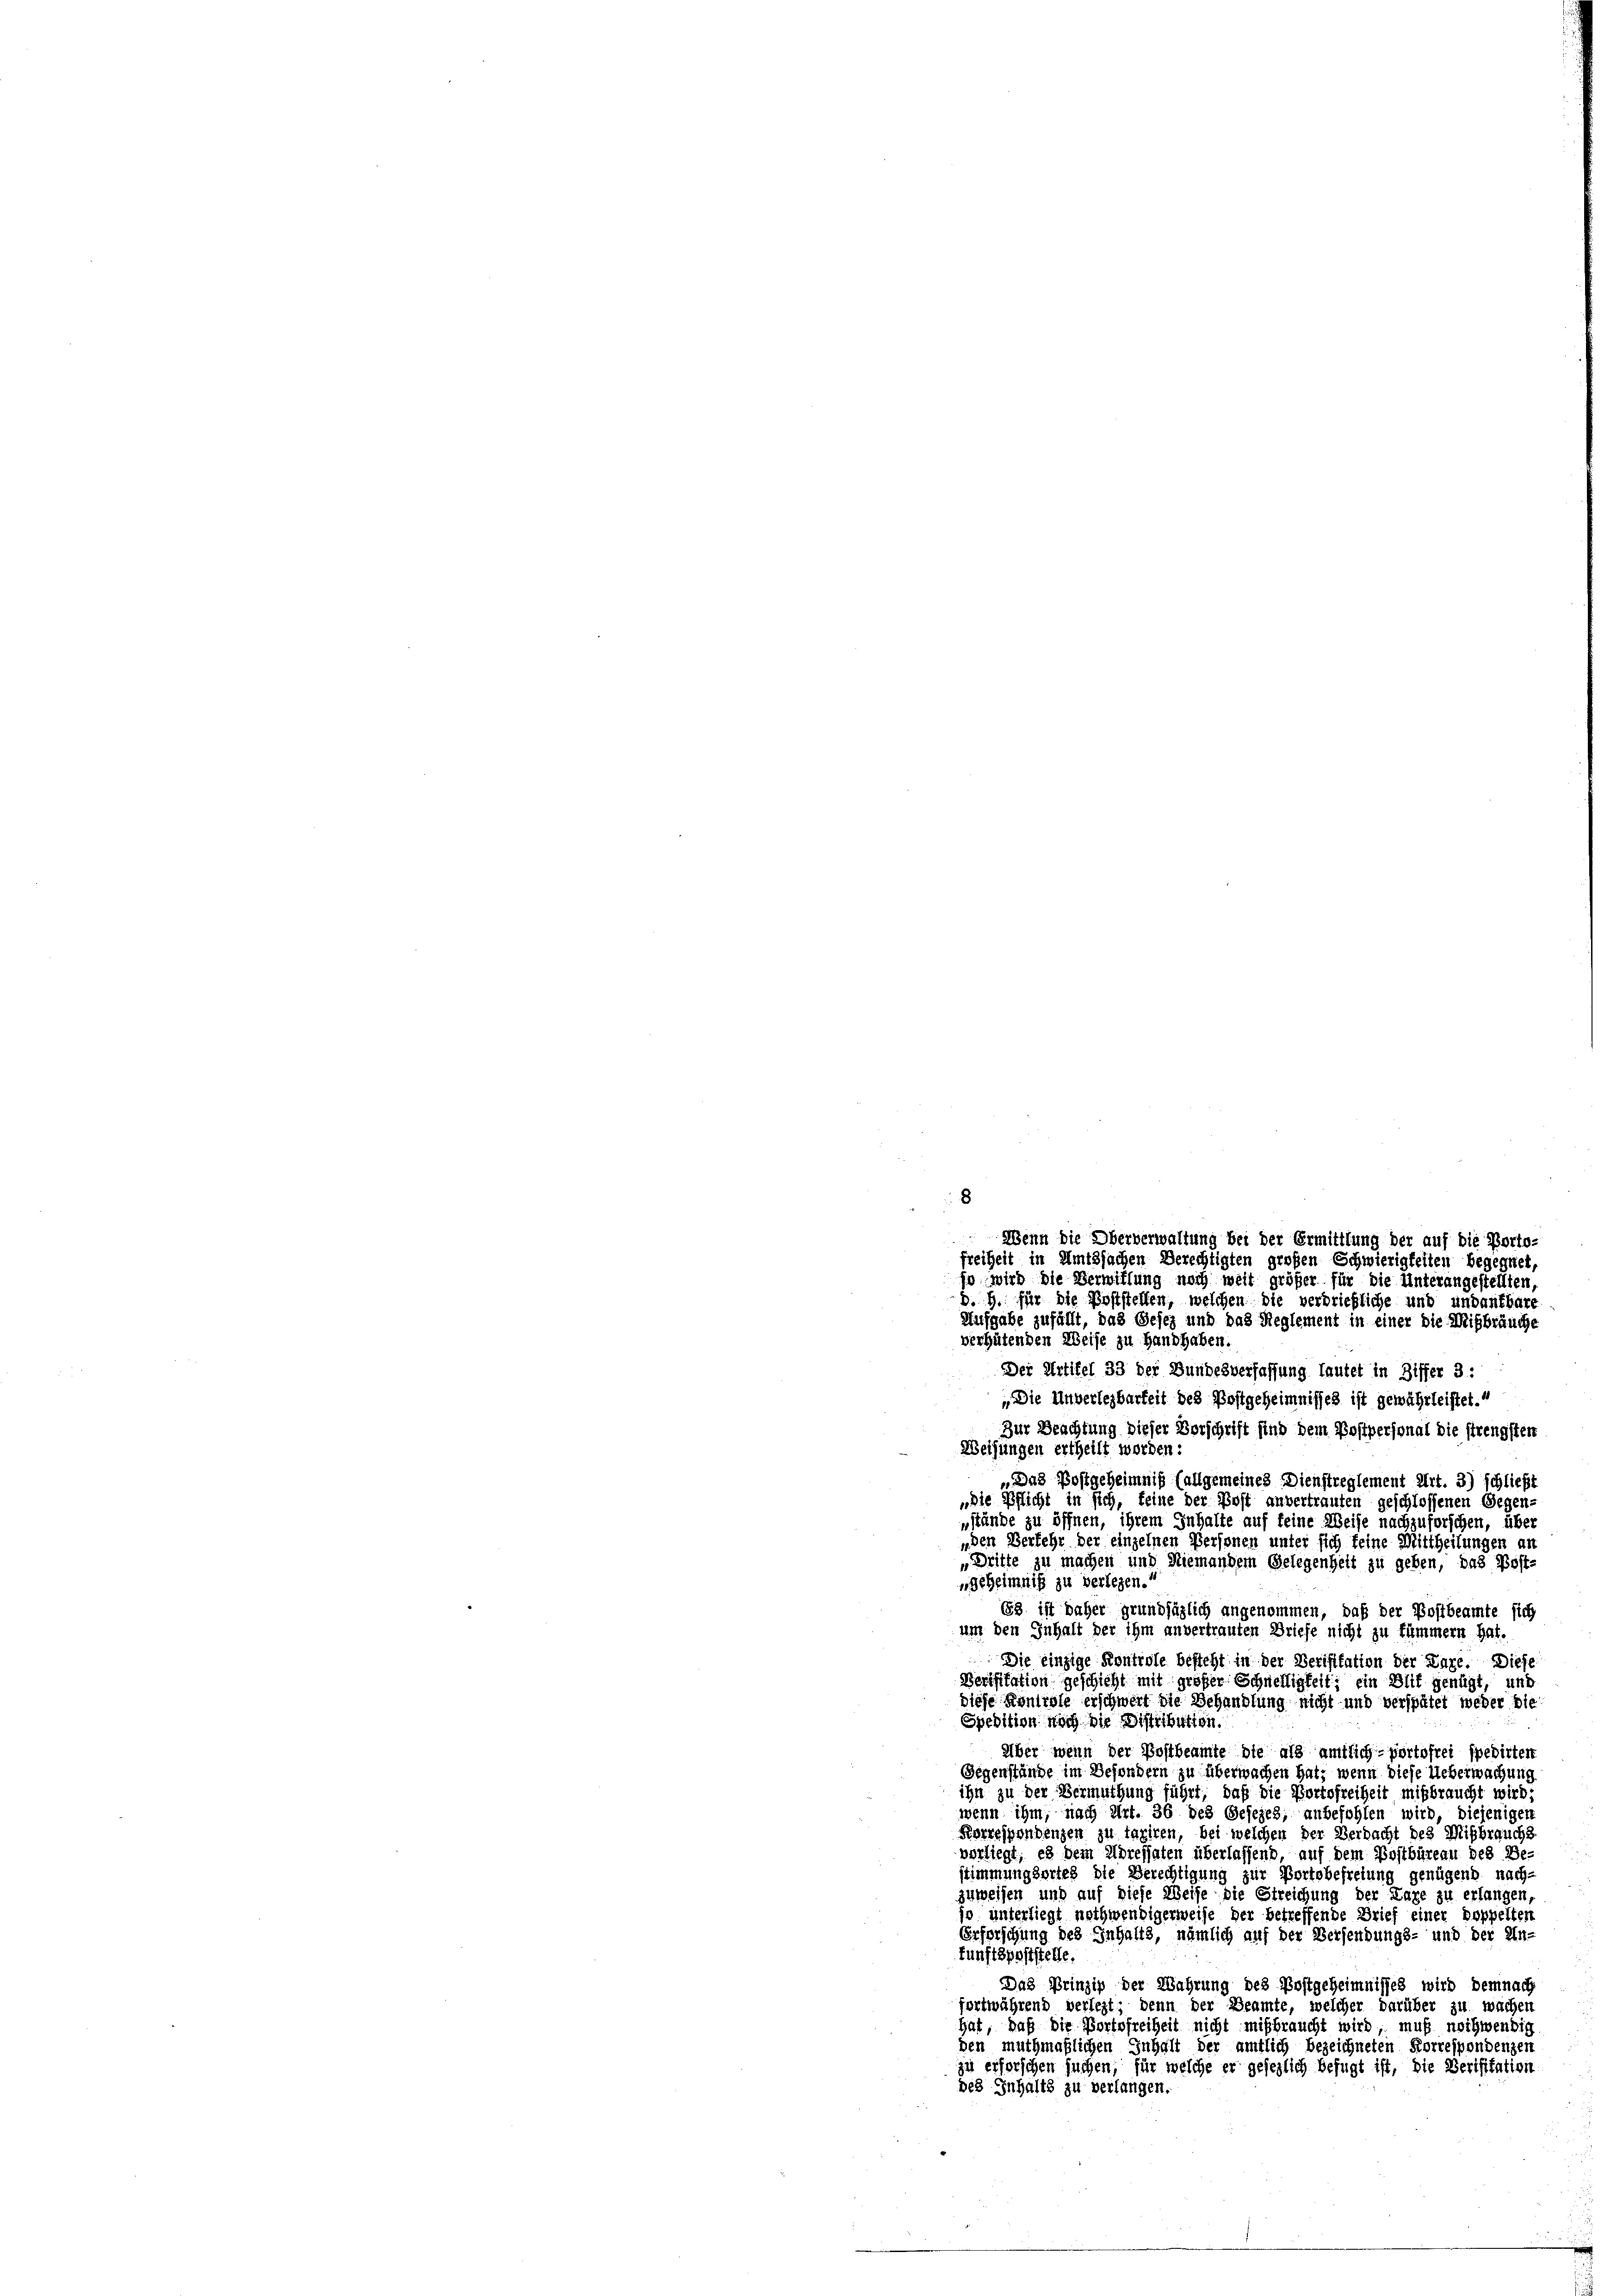
Der Artikel 33 der Dundesverfassung lautet in Differ 3 :
„Die Unverlegbarkeit des Postgeheimnisses ist gewährleistet.“
Zur Beachtung dieser Vorschrift sind dem Postpersonal die strengsten
Weisungen ertheilt worden:
„Das Postgeheimnis (allgemeines Dienstreglement Art. 3) schließt
„die Pflicht in sich, feine der Post anvertrauten geschlossenen Gegen-
nstände zu öffnen, ihrem Inhalte auf feine Weise nachzuforschen, über
„den Verfehr der einzelnen Personen unter sich keine Mittheilungen an
„Dritte zu machen und Niemandem Gelegenheit zu geben, das Post-
geheimnis zu verlegen.“
Es ist daher grundsäglich angenommen, daß der Postbeamte sich
um den Inhalt der ihm anvertrauten Briefe nicht zu fummern hat.
Die einzige Kontrole besteht in der Verisitation der Tage. Diese
Verifitation geschieht mit großer Schnelligkeit, ein Blit genügt, und
diese Kontrole erschwert die Behandlung nicht und verspätet weder die
Spedition noch die Distitution.
Über wenn der Postbeamte die als amtlich-Portofrei spedirten
Gegenstände im Besondern zu überwachen hat; wenn diese Ueberwachung
ihn zu der Vermuthung führt, daß die Portofreiheit mißbraucht wird;
wenn ihm, nach Art. 36 des Gesezes, anbefohlen wird, diejenigen
Korrespondenzen zu taxiren, bei welchen der Verdacht des Mißbrauchs
vorliegt, es dem Adressaten überlassend, auf dem Postbüreau des Be-
stimmungsortes die Berechtigung zur Portobefreiung genügend nach-
zuweisen und auf diese Weise die Streichung der Lage zu erlangen,
jo unterliegt nothwendigerweise der betreffende Brief einer Doppelten
Erforschung des Inhalts, nämlich auf der Versendungs- und der Un-
funftspaststelle.
Das Prinzip der Wahrung des Postgeheimnisses wird demnach
fortwährend verlegt; denn der Beamte, welcher darüber zu wachen
hat, daß die Bortofreiheit nicht mißbraucht wird, muß nothwendig
den muthmaßlichen Inhalt der amtlich bezeichneten Korrespondenzen
zu erforschen suchen, für welche er gesezlich befugt ist, die Verifikation
des Inhalts zu verlangen.

8
Wenn die Oberverwaltung bei der Ermittlung der auf die Porto-
freiheit in Amtssachen Berechtigten großen Schwierigkeiten begegnet,
so wird die Verwiffung noch weit größer für die Unterangestellten,
B. G. für die Poststellen, welchen die verbriefliche und undaufbare
Aufgabe zufällt, das Gesez und das Reglement in einer die Mißbräuche
verhütenden Weise zu Handhaben.